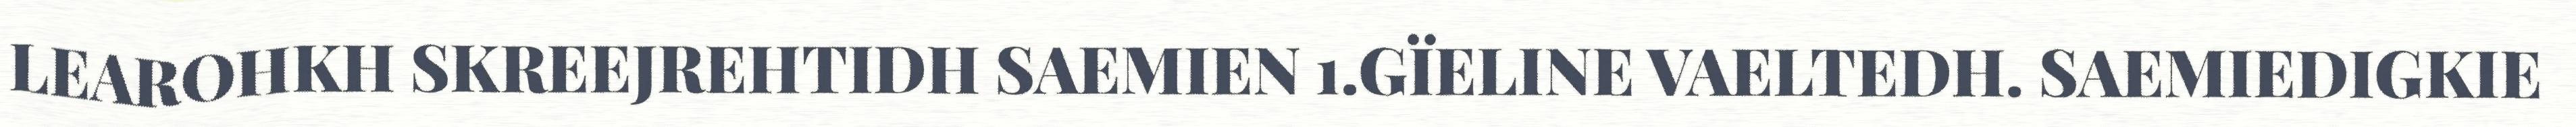
LEAROHKH SKREEJREHTIDH SAEMIEN 1.GÏELINE VAELTEDH. SAEMIEDIGKIE